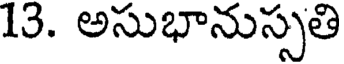
13. అసుభానుస్సతి